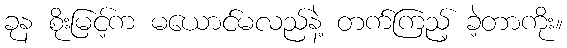
ခုန စိုးမြင့်က မယောင်မလည်နဲ့ တက်ကြည့် ခဲ့တာကိုး။